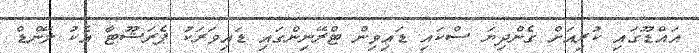
އައްޑޫގައި ކުރިއަށް ގެންދިޔަ ސްކައި ޑައިވިން ޓްރޭނިންގައި ޑައިވަރަކު ޕެރަޝޫޓާ އެކު ލޭންޑް